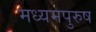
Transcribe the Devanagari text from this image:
मध्‍यमपुरुष